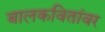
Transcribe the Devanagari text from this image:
बालकवितांवर